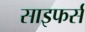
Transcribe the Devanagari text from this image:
साइफर्स